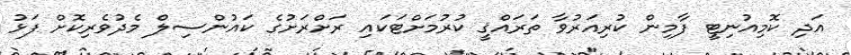
އަދި ކޮމިއުނިޓީ ފާމިން ކުރިއަރުވާ ތަރައްޤީ ކުރުމަށްޓަކައި ރަށްރަށުގެ ކައުންސިލް މެދުވެރިކޮށް ފަޅު